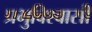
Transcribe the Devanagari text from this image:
प्रभुविश्वासी